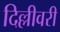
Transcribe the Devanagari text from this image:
दिल्लीवरी